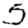
Digit: 5